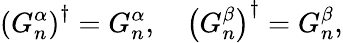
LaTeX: \left(G_{n}^{\alpha}\right)^{\dagger}=G_{n}^{\alpha},\quad\left(G_{n}^{\beta}\right)^{\dagger}=G_{n}^{\beta},